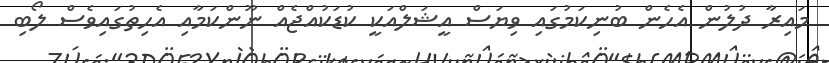
މައިރާ ދުލުން އެހެން ބުނިކަމުގައި ވިޔަސް އީޝަލްއަކީ ކުޑަކުއްޖެއް ނޫންކަމާއި އެހިތުގައިވެސް ލޯބި